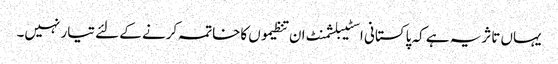
یہاں تاثریہ ہے کہ پاکستانی اسٹیبلشمنٹ ان تنظیموں کاخاتمہ کرنے کے لئے تیار نہیں۔